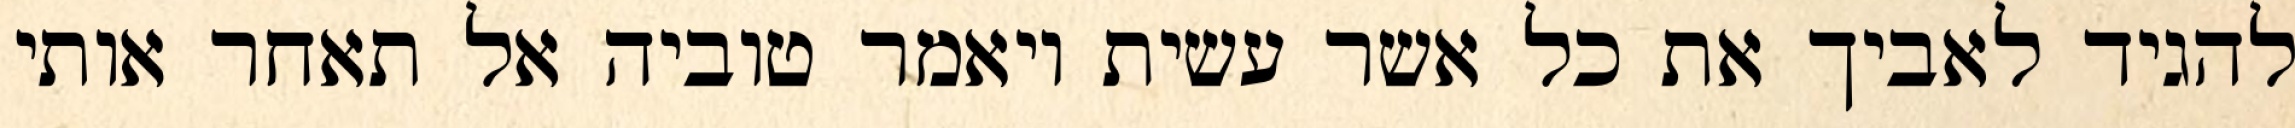
להגיד לאביך את כל אשר עשית ויאמר טוביה אל תאחר אותי